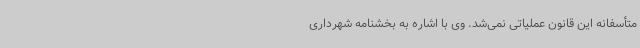
متأسفانه این قانون عملیاتی نمی‌شد. وی با اشاره به بخشنامه شهرداری